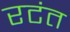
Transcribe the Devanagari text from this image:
रटंत